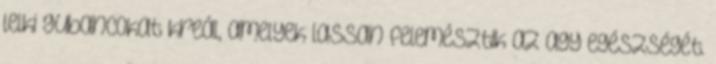
lelki gubancokat kreál, amelyek lassan felemésztik az agy egészségét.